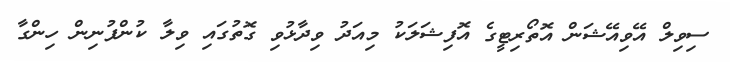
ސިވިލް އޭވިއޭޝަން އޮތޯރިޓީގެ އޮފިޝަލަކު މިއަދު ވިދާޅުވި ގޮތުގައި ވިލާ ކުންފުނިން ހިންގާ